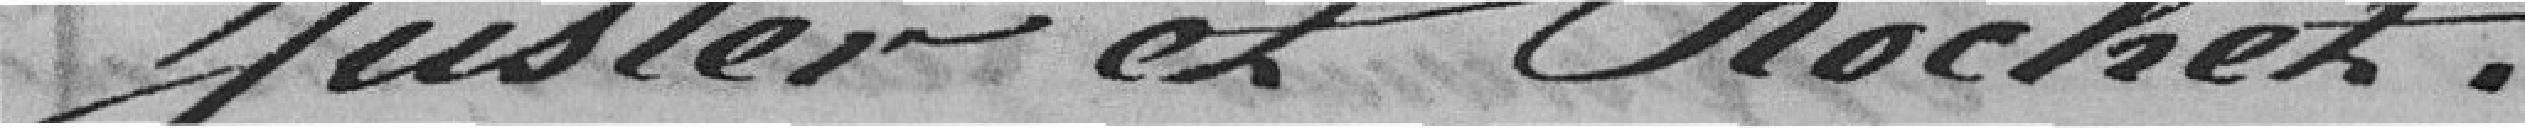
Justeret Cochez.